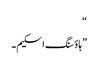
“
”ہاؤسنگ اسکیم۔